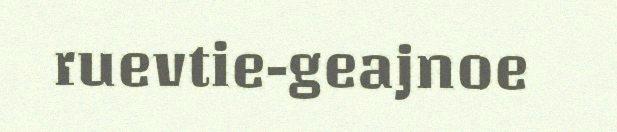
ruevtie-geajnoe